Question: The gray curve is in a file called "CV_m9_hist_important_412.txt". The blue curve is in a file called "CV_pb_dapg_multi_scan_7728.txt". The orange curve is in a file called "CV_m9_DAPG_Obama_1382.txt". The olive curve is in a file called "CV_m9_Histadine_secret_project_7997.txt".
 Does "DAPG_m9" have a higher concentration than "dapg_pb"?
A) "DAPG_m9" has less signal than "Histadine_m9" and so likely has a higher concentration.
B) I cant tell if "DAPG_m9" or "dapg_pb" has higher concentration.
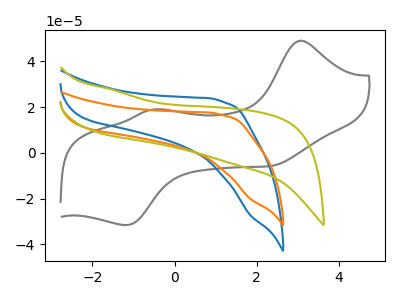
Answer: <think>The gray curve "hist_m9" has anodic peaks at (3.05V, 49.05uA) (-0.50V, 19.00uA) and cathodic peaks at (2.45V, -5.45uA) (-1.20V, -31.55uA). The blue curve "dapg_pb" has no peaks. The orange curve "DAPG_m9" has no peaks. The olive curve "Histadine_m9" has no peaks.
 Neither "DAPG_m9" or "dapg_pb" have any peaks.</think>
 <answer>B) I cant tell if "DAPG_m9" or "dapg_pb" has higher concentration.</answer>
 <eval>B</eval>